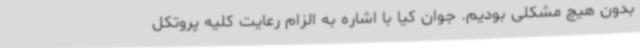
بدون هیچ مشکلی بودیم. جوان کیا با اشاره به الزام رعایت کلیه پروتکل